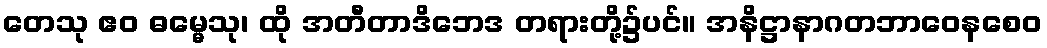
တေသု ဧဝ ဓမ္မေသု၊ ထို အတီတာဒိဘေဒ တရားတို့၌ပင်။ အနိဋ္ဌာနာဂတဘာဝေနစေဝ